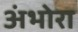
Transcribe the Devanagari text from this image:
अंभोरा